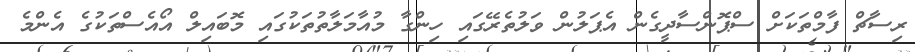
ރިސާޗް ފާމްތަކަށް ސްޕޮންސާދީގެން އެޕަލުން ވަލުތެރޭގައި ހިންގާ މުއާމަލާތުތަކުގައި މޮބައިލް އޯއެސްތަކުގެ އެންމެ